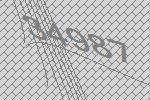
34987